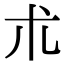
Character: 朮